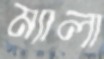
ম্যালা